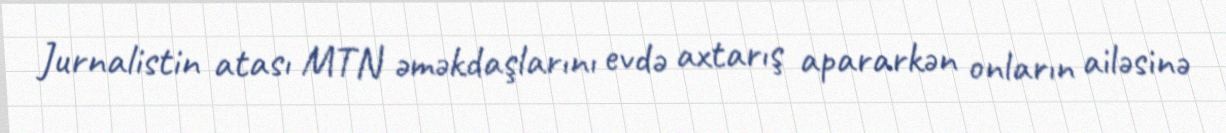
Jurnalistin atası MTN əməkdaşlarını evdə axtarış apararkən onların ailəsinə